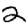
Digit: 2